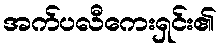
အက်ပလီကေးရှင်း၏